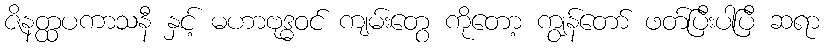
ဇိနတ္ထပကာသနီ နှင့် မဟာဗုဒ္ဓဝင် ကျမ်းတွေ ကိုတော့ ကျွန်တော် ဖတ်ပြီးပါပြီ ဆရာ